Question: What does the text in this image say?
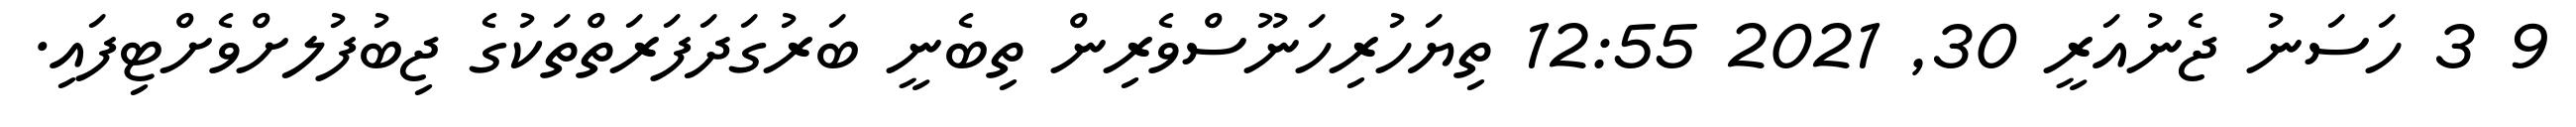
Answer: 9 3 ހަސަނު ޖެނުއަރީ 30, 2021 12:55 ތިޔަހުރިހަނޫސްވެރިން ތިބެނީ ބަރުގަދަފަރަތްތަކުގެ ޖިބުފުލށްވެށްޓިފައި.